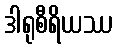
ဒါရုစီရိယဿ